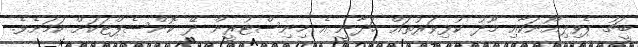
ބީޗު ޕެވިލިއޯނަކާއި މޫދު ކުޅިވަރުތައް ހަދާނީ އެ މިނިސްޓުރީން ދޭ ކޮންސެޕްޓަކަށް ކަމަށެވެ.